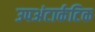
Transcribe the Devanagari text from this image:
उपअंटार्कटिक